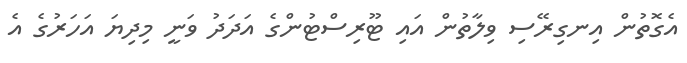
އެގޮތުން އިނގިރޭސި ވިލާތުން އައި ޓޫރިސްޓުންގެ އަދަދު ވަނީ މިދިޔަ އަހަރުގެ އެ